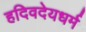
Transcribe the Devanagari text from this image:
हदिवदेयधर्म